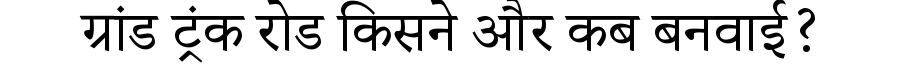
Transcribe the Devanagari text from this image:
ग्रांड ट्रंक रोड किसने और कब बनवाई?